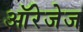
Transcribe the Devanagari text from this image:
ऑरेजेज